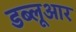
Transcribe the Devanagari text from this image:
डब्लूआर